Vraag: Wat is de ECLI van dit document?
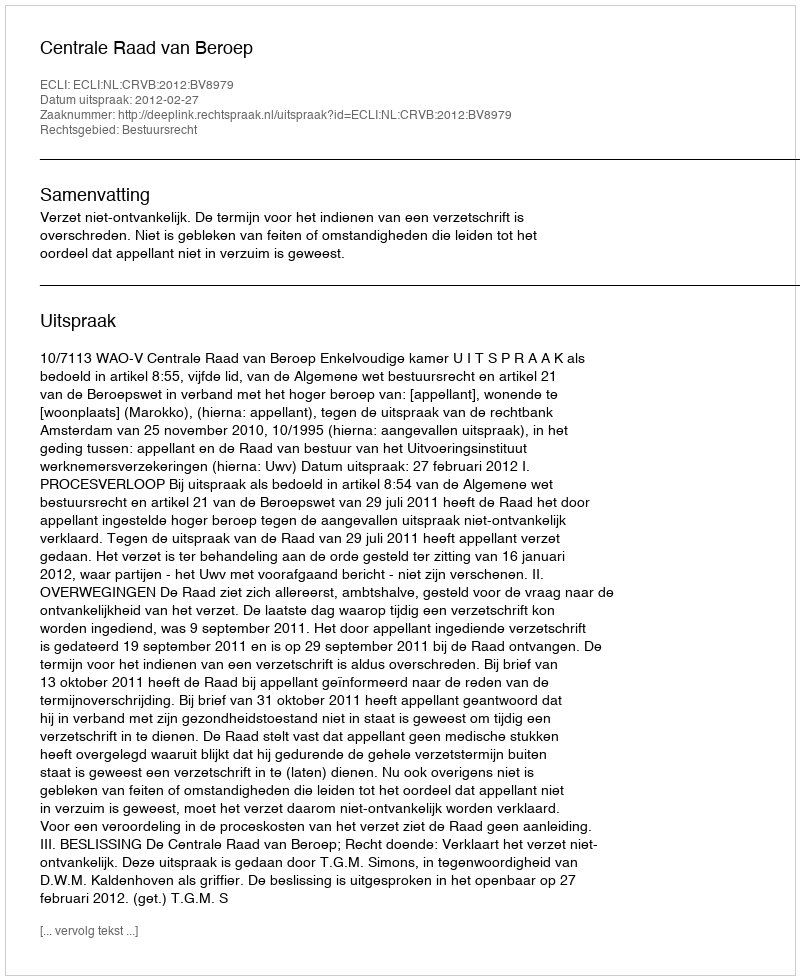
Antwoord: ECLI:NL:CRVB:2012:BV8979